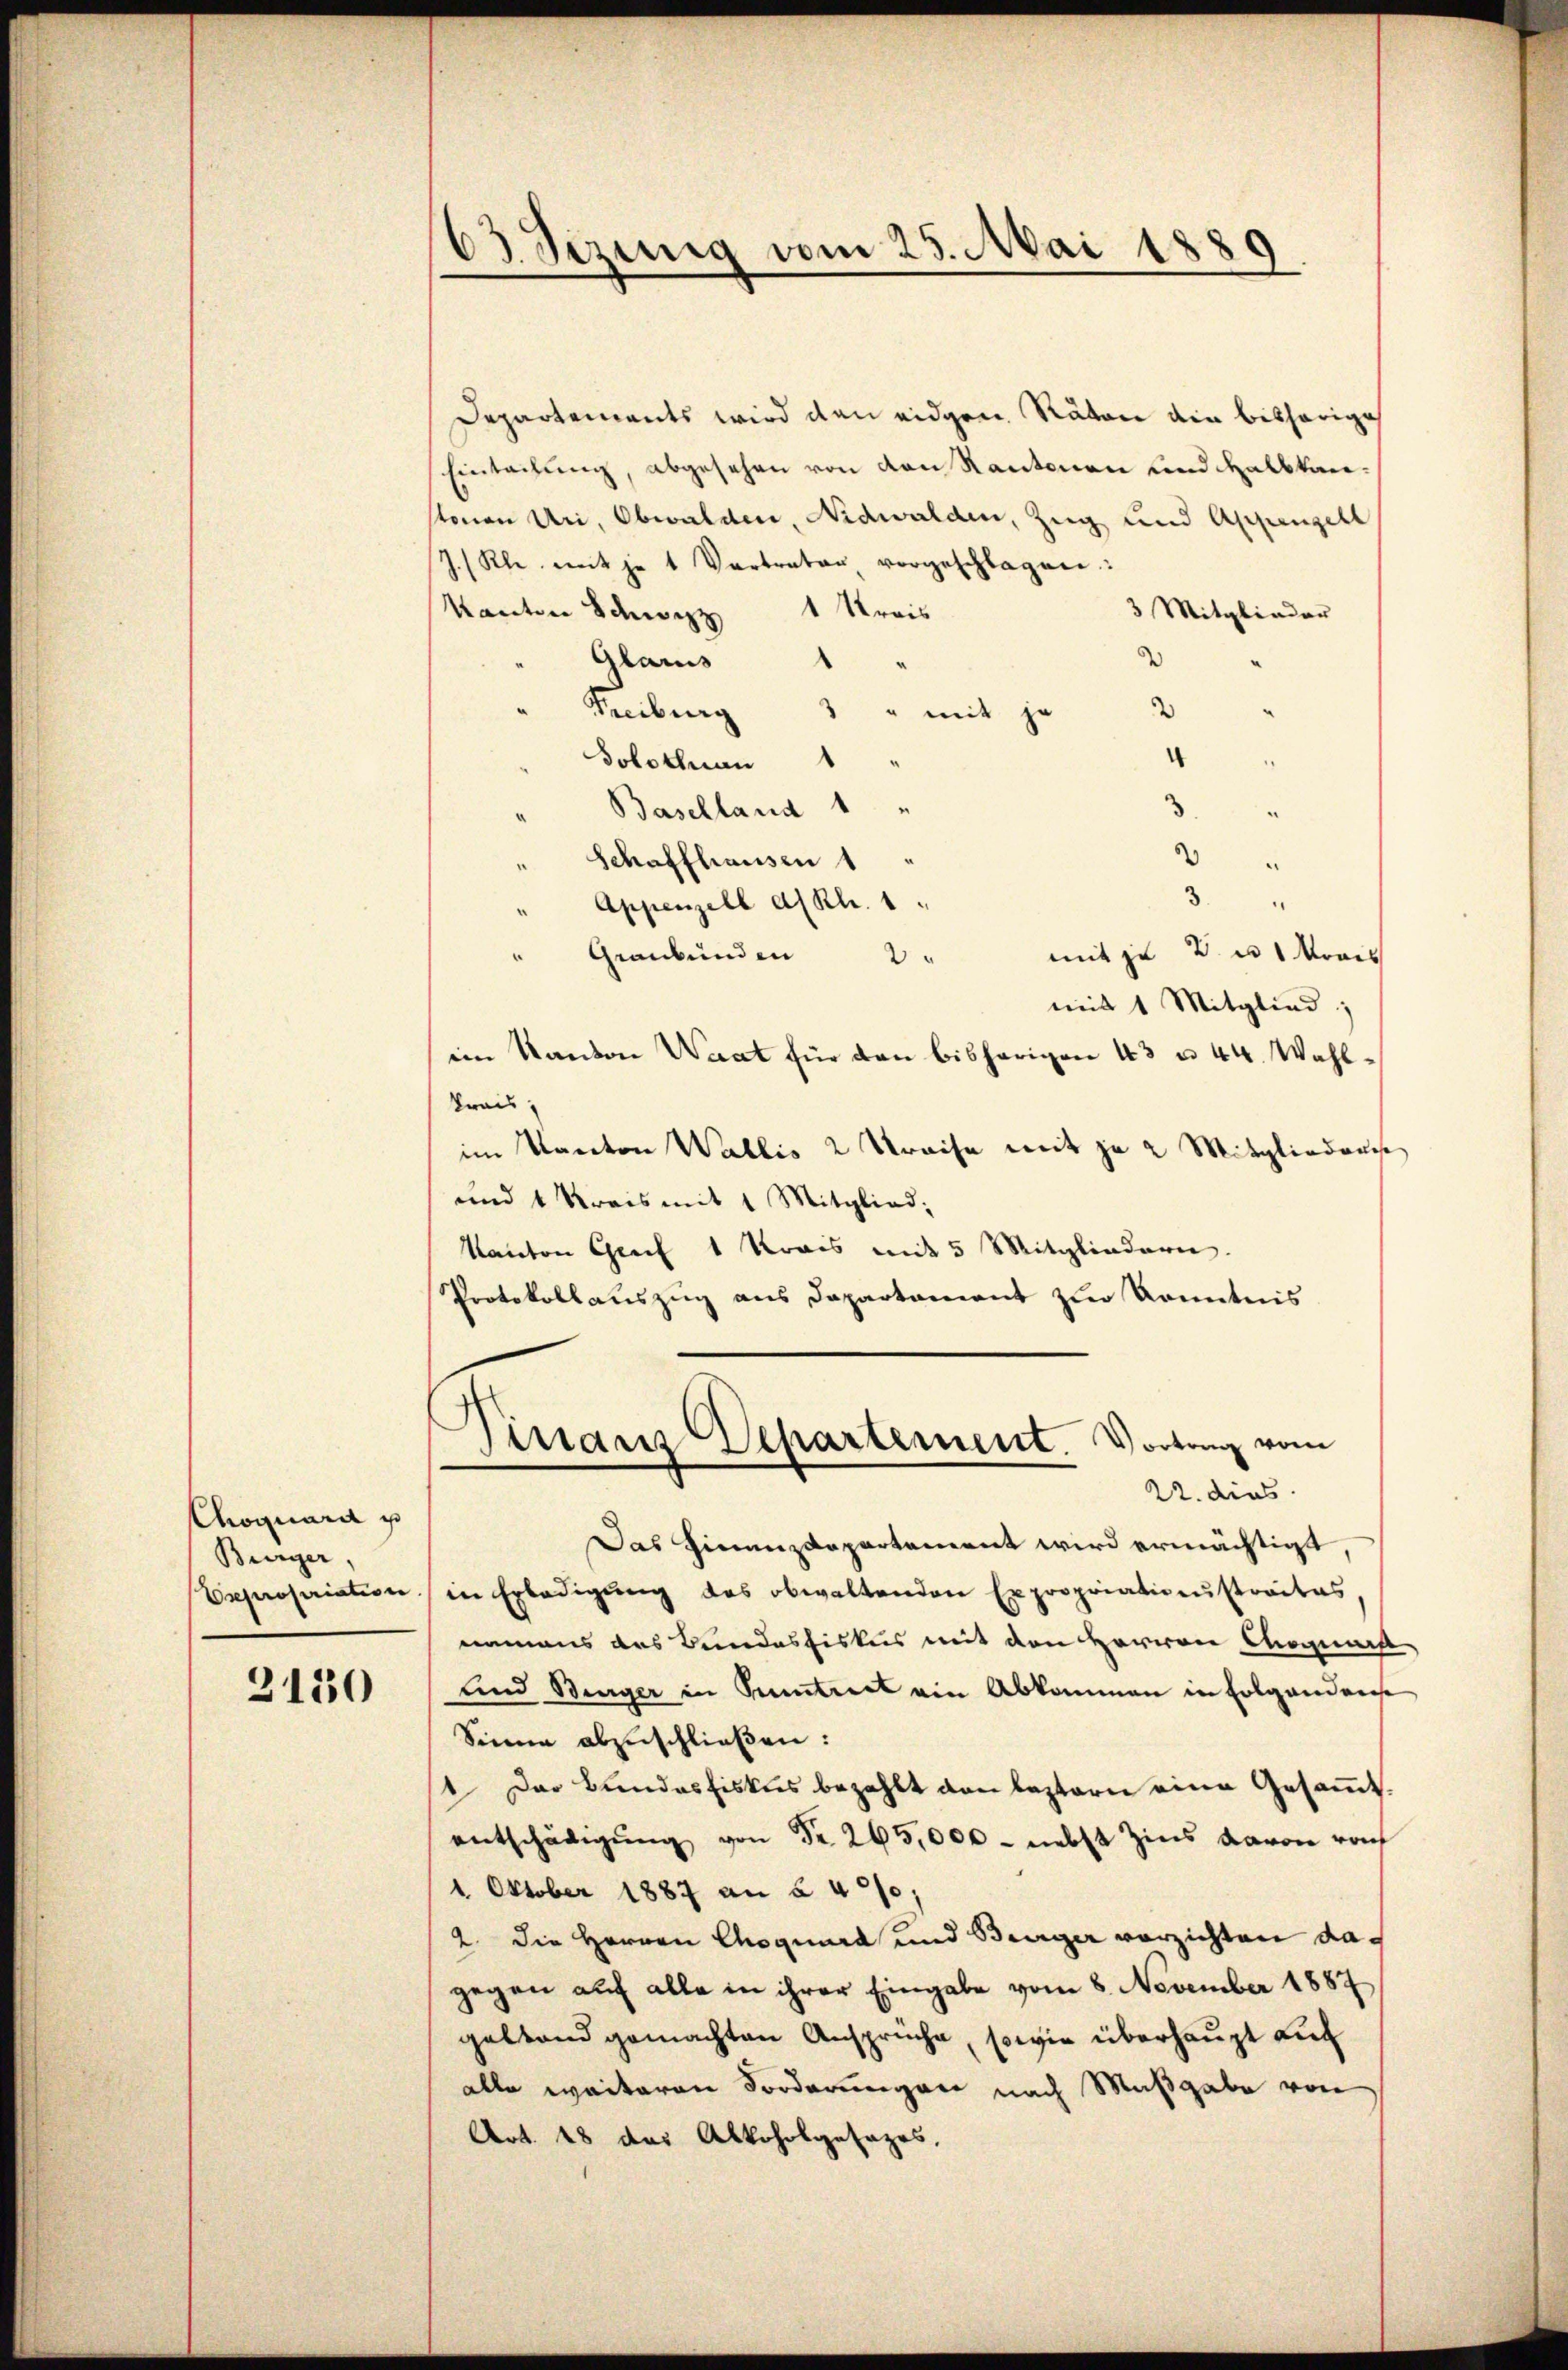
Choquard u
Bürger

3130

Departements wird den eidgen. Räten die bisherige
Eintachung, abgesehen von den Kantonen und Halbtanstonen Uri, Obwalden, Nidwalden, Zug und Appenzell
J. (Kle mit je 1 Vertrator vorgeschlagen:
Kanton Schwyz 1 Streis
3 Mitglieder
Glarus
2
Freiburg
3
" mit je
¬
Solothnan
Baselland 1 "
3.
2
" Schaffhausen 1
3.
Appenzell a/Rh. 1
mit zu B. u. Moos
Graubünden 2 "
mit 1 Mitglied;
im Kanton Waat für den bisherigen 43 u. 44. Wahl¬
Krais
im Kanton Wallis 2 Preise mit je 2 Mitgliedens
und 4 Kreis mit 1 Mitglied;
Kanton Greif 1 Krais mit 5 Mitgliedern.
Protokollauszug aus Departement zur Kenntnis

63 Sezung vom 25. Mai 1889

Finanz Departement. Vortrag vom
22. dies

Das Finanzdepartement wird ermächtigt.
Expropriation in Erledigŭng des obwaltenden Expropriationstraites,
nemans des Bundesfiskus mit den Herren Magis
und Bürger in Suntreet ein Abkommen in Folgendense
Sinne abzuschließen:
1 Das Bundesfiskus bezahlt den bestern eine Gesammtentschädigŭng von Fr. 265,000 - nebst Zins davon rach
1 Oktober 1887 an § 400.
2. Die Herren Choquard und Beiger verzichten dagegen auf alle in ihrer Eingabe vom 8. November 1887
geltend gemachten Anspruche, sowie überhaupt auf
alle weiteren Forderungen nach Maßgabe von
Art. 28 des Alkoholgesezes,